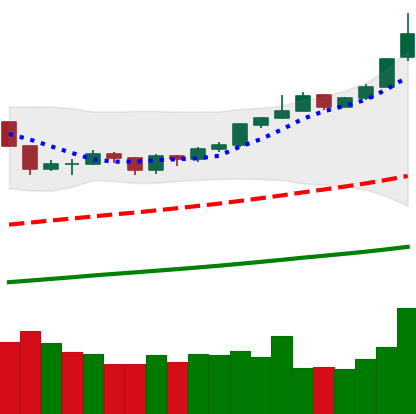
Ticker: BTC-USD
Chart end date: 2019-06-22
Forward return: 4.496%
Label: up_3_5